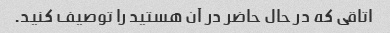
اتاقی که در حال حاضر در آن هستید را توصیف کنید.